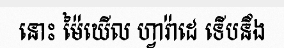
នោះ ម៉ៃឃើល ហ្វារ៉ាដេ ទើបនឹង